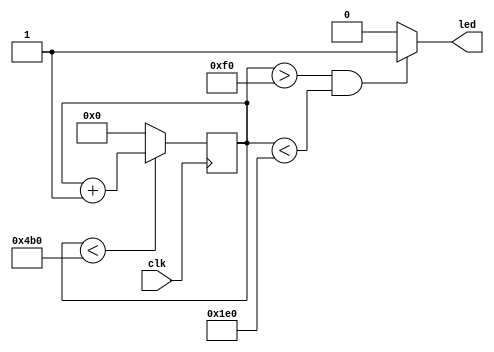
`timescale 10ns/1ns
module create_pwm(
	input clk,
	output led
	);
	
reg [15:0] counter;
always @(posedge clk)
	begin
		if(counter < 1200)
			counter <= counter + 1;
		else
			counter <= 0;
	end
assign led = (counter > 240 && counter < 480) ? 1 : 0;
endmodule